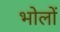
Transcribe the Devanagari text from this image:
भोलों